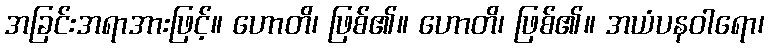
အခြင်းအရာအားဖြင့်။ ဟောတိ၊ ဖြစ်၏။ ဟောတိ၊ ဖြစ်၏။ အယံပနဝါရော၊